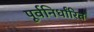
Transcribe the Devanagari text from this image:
पूर्वनिर्धांरित